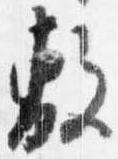
敷